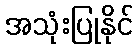
အသုံးပြုနိုင်